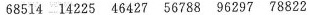
68514 14225 46427 56788 96297 78822